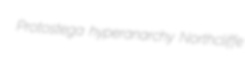
Protostega hyperanarchy Northcliffe